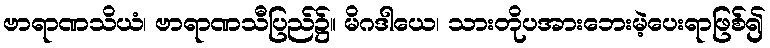
ဗာရာဏသိယံ၊ ဗာရာဏသီပြည်၌။ မိဂဒါယေ၊ သားတိုပအားဘေးမဲ့ပေးရာဖြစ်၍